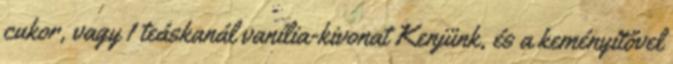
cukor, vagy 1 teáskanál vanília-kivonat Kenjünk, és a keményítővel